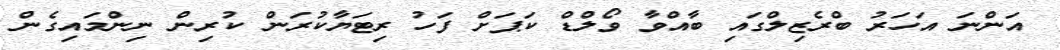
އަންނަ އަހަރު ބްރެޒިލްގައި ބާއްވާ ވޯލްޑް ކަޕަށް ފަހު ރިޓަޔާކުރަން ކުރިން ނިންމައިގެން